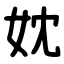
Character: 妉